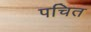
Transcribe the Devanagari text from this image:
पचित